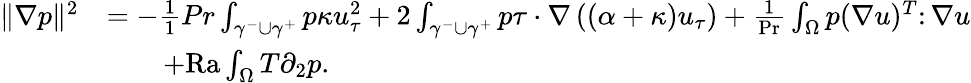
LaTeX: \begin{array}{rl}{\| \nabla p\| ^{2}}&{=-\frac{1}{1}{{Pr}}\int_{\gamma^{-}\cup\gamma^{+}}p\kappa u_{\tau}^{2}+2\int_{\gamma^{-}\cup\gamma^{+}}p\tau\cdot\nabla\left((\alpha+\kappa)u_{\tau}\right)+\frac{1}{\mathrm{Pr}}\int_{\Omega}p(\nabla u)^{T}\colon\nabla u}\\ &{\qquad+\mathrm{{Ra}}\int_{\Omega}T\partial_{2}p.}\end{array}